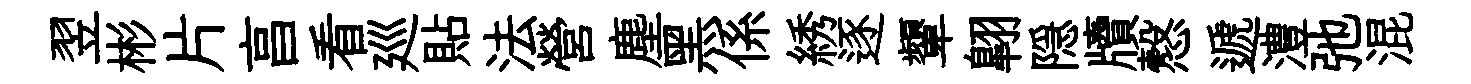
翌彬片亯看廵貼法營塵黑係綉逐顰翺隠牘慤遞澧弛混